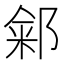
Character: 𬪏